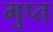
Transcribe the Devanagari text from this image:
मुप्त